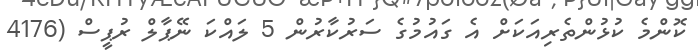
ކޮންމެ ކުޅުންތެރިއަކަށް އެ ގައުމުގެ ސަރުކާރުން 5 ލައްކަ ނޭޕާލް ރުޕީސް (4176